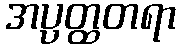
အပ္ပတ္ထတရာ